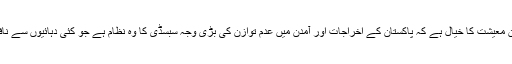
ماہرین معیشت کا خیال ہے کہ پاکستان کے اخراجات اور آمدن میں عدم توازن کی بڑی وجہ سبسڈی کا وہ نظام ہے جو کئی دہائیوں سے نافذ ہے۔